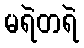
မရဲတရဲ